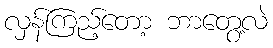
လှန်ကြည့်တော့ ဘာတွေ့လဲ